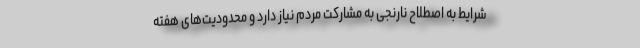
شرایط به اصطلاح نارنجی به مشارکت مردم نیاز دارد و محدودیت‌های هفته